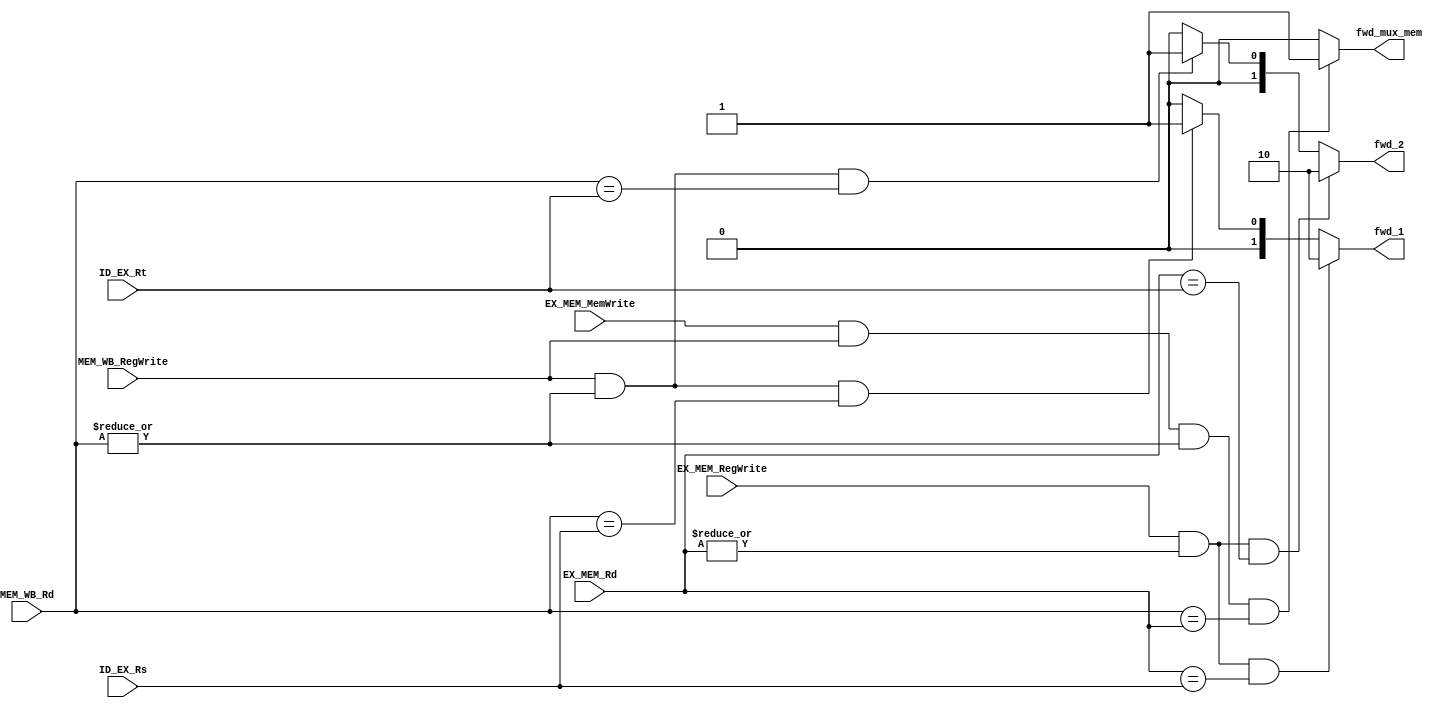
module forwarding_unit(ID_EX_Rs, ID_EX_Rt, MEM_WB_Rd, EX_MEM_Rd,
                        EX_MEM_RegWrite, EX_MEM_MemWrite, MEM_WB_RegWrite, fwd_1, fwd_2, fwd_mux_mem);

input [3:0]ID_EX_Rs, ID_EX_Rt, MEM_WB_Rd, EX_MEM_Rd;
input EX_MEM_RegWrite, EX_MEM_MemWrite, MEM_WB_RegWrite;
output [1:0]fwd_1, fwd_2;
output fwd_mux_mem;


//EX to EX
assign fwd_1 = ((EX_MEM_RegWrite) && (|EX_MEM_Rd != 1'b0) && (EX_MEM_Rd == ID_EX_Rs)) ? 2'b10 :
			((MEM_WB_RegWrite) && (|MEM_WB_Rd != 1'b0) && (MEM_WB_Rd == ID_EX_Rs)) ? 2'b01 : 2'b00;


assign fwd_2 = ((EX_MEM_RegWrite) && (|EX_MEM_Rd != 1'b0) && (EX_MEM_Rd == ID_EX_Rt)) ? 2'b10 :
			((MEM_WB_RegWrite) && |MEM_WB_Rd != 1'b0 && (MEM_WB_Rd == ID_EX_Rt)) ? 2'b01 : 2'b00;

// MEM to MEM 
assign fwd_mux_mem = (EX_MEM_MemWrite && MEM_WB_RegWrite && (|MEM_WB_Rd != 1'b0) && (MEM_WB_Rd == EX_MEM_Rd)) ? 1: 0;

endmodule